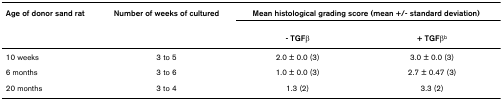
<table><thead><tr><td><b>Age of donor sand rat</b></td><td><b>Number of weeks of cultured</b></td><td colspan="2"><b>Mean histological grading score (mean +/- standard deviation)</b></td></tr><tr><td></td><td></td><td><b>- TGFβ</b></td><td><b>+ TGFβ<sup>b</sup></b></td></tr></thead><tbody><tr><td>10 weeks</td><td>3 to 5</td><td>2.0 ± 0.0 (3)</td><td>3.0 ± 0.0 (3)</td></tr><tr><td>6 months</td><td>3 to 6</td><td>1.0 ± 0.0 (3)</td><td>2.7 ± 0.47 (3)</td></tr><tr><td>20 months</td><td>3 to 4</td><td>1.3 (2)</td><td>3.3 (2)</td></tr></tbody></table>